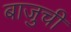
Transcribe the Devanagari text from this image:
बाजुची